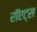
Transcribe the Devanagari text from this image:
रॉएट्स